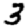
Digit: 3